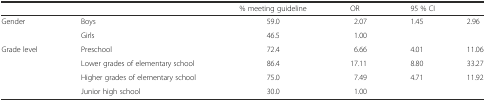
|  |  | % meeting guideline | OR | <COLSPAN=2> 95 % CI |
 | --- | --- | --- | --- | --- | --- |
 | Gender | Boys | 59.0 | 2.07 | 1.45 | 2.96 |
 |  | Girls | 46.5 | 1.00 |  |  |
 | Grade level | Preschool | 72.4 | 6.66 | 4.01 | 11.06 |
 |  | Lower grades of elementary school | 86.4 | 17.11 | 8.80 | 33.27 |
 |  | Higher grades of elementary school | 75.0 | 7.49 | 4.71 | 11.92 |
 |  | Junior high school | 30.0 | 1.00 |  |  |